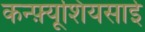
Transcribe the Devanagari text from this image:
कन्फ़्यूशियसाई